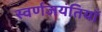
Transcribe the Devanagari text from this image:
स्वर्णजयंतियाँ